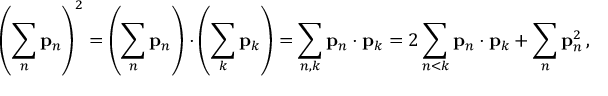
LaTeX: \left( \sum _ { n } \mathbf { p } _ { n } \right) ^ { 2 } = \left( \sum _ { n } \mathbf { p } _ { n } \right) \cdot \left( \sum _ { k } \mathbf { p } _ { k } \right) = \sum _ { n , k } \mathbf { p } _ { n } \cdot \mathbf { p } _ { k } = 2 \sum _ { n < k } \mathbf { p } _ { n } \cdot \mathbf { p } _ { k } + \sum _ { n } \mathbf { p } _ { n } ^ { 2 } \, ,